Scientific memoirs by medical officers of the Army of India - Part XI,
Year: 1898
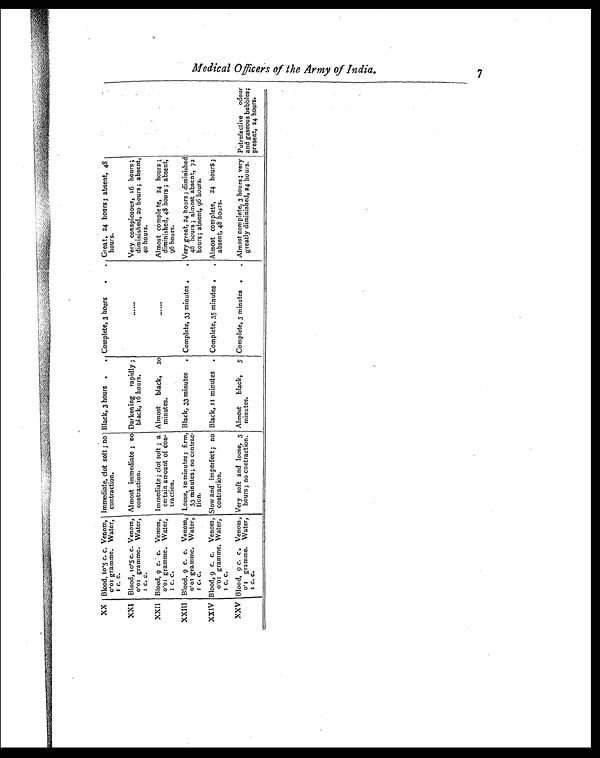
XX Blood, 10.5 c. c. Venom,
0.01 gramme. Water,
1 C. C.
Immediate, clot soft ; no
contraction.
Black, 3 hours .
. Complete, 3 hours
•
. • Great, 24 hours ; absent, 48
hours.
XXI
Blood, 10.5 c. c. Venom,
0.01 gramme. Water,
1 C. C.
Almost immediate ; no
contraction.
Darkening rapidly ;
black, 16 hours.
. . . . . .
Very conspicuous, 16 hours ;
diminished, 20 hours ; absent,
40 hours.
XXII Blood, 9 c. c. Venom,
0.01 gramme. Water,
1 C. C.
Immediate; clot soft ; a
certain amount of con-
traction.
Almost black,
2 0
minutes.
. . . . . .
Almost complete, 24 hours ;
diminished, 48 hours ; absent,
96 hours.
XXIII Blood, 9 c. c. Venom,
0.01 gramme. Water,
1 C. C.
Loose, 10 minutes; firm,
33 minutes; no contrac-
tion.
Black, 33 minutes
. Complete, 33 minutes . . Very great, 24 hours; diminished
48 hours ; almost absent, 72
hours; absent, 96 hours.
XXIV Blood, 9 c. C. Venom,
0 .01 gramme. Water,
1 C. C.
Slow and imperfect; no
contraction.
Black, 11 minutes
•
Complete, 35 minutes .
. Almost complete, 24 hours;
absent, 48 hours.
XXV Blood, 9 c. c. Venom,
0.1 gramme. Water,
1 C. C.
Very soft and loose, 3
hours; no contraction.
Almost black, 5
minutes.
Complete, 5 minutes .
. Almost complete, 3 hours; very
greatly diminished, 24 hours.
Putrefactive odour
and gaseous bubbles;
present, 24 hours.
Medical Officers of the Army of India. 7